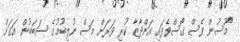
"މޫސުން ވެސް ގޯސްވެފައި އަންދާޒާ ކުރި ވަރަށް މަސް ނުލިބުމުގެ ސަބަބުން އަގަށް